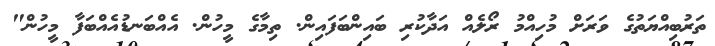
ތަރުބިއްޔަތުގެ ވަރަށް މުހިއްމު ރޯލެއް އަދާކުރި ބައިންބަފައިން. ތިމާގެ މީހުން. އެއްބަނޑުއެއްބަފާ މީހުން"